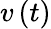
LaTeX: v\left(t\right)